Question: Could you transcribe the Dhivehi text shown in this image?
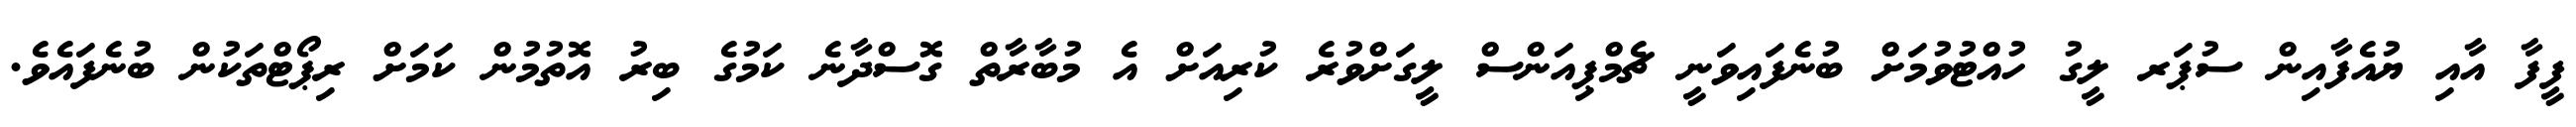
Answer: ފީފާ އާއި ޔުއެފާއިން ސުޕަރ ލީގު ހުއްޓުވުމަށް ބުނެފައިވަނީ ޗެމްޕިއަންސް ލީގަށްވުރެ ކުރިއަށް އެ މުބާރާތް ގޮސްދާނެ ކަމުގެ ބިރު އޮތުމުން ކަމަށް ރިޕޯޓްތަކުން ބުނެފައެވެ.